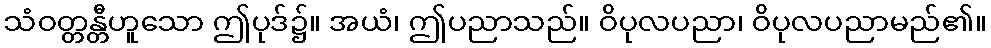
သံဝတ္တန္တီဟူသော ဤပုဒ်၌။ အယံ၊ ဤပညာသည်။ ဝိပုလပညာ၊ ဝိပုလပညာမည်၏။